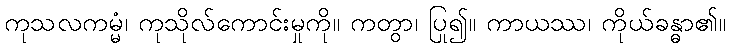
ကုသလကမ္မံ၊ ကုသိုလ်ကောင်းမှုကို။ ကတွာ၊ ပြု၍။ ကာယဿ၊ ကိုယ်ခန္ဓာ၏။